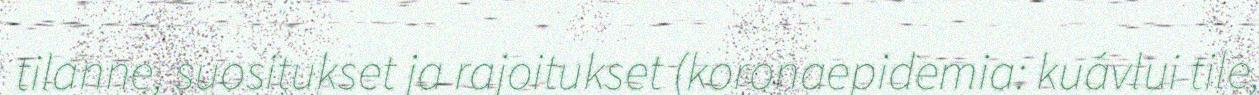
tilanne, suositukset ja rajoitukset (koronaepidemia: kuávlui tile,